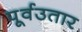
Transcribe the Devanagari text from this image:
पूर्वउतार